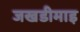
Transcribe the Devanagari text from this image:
जखडीमाइ